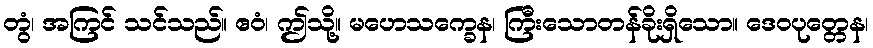
တွံ၊ အကြင် သင်သည်။ ဧဝံ၊ ဤသို့။ မဟေသက္ခေန၊ ကြီးသောတန်ခိုးရှိသော။ ဒေဝပုတ္တေန၊